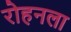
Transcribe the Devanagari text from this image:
रोहनला